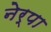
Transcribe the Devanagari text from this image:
नेर्पा